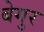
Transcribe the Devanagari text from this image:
बेगुर